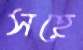
সহে